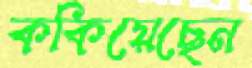
ককিয়েছেন